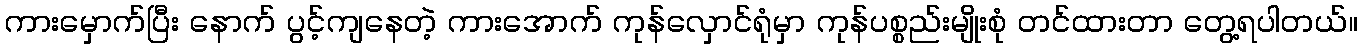
ကားမှောက်ပြီး နောက် ပွင့်ကျနေတဲ့ ကားအောက် ကုန်လှောင်ရုံမှာ ကုန်ပစ္စည်းမျိုးစုံ တင်ထားတာ တွေ့ရပါတယ်။